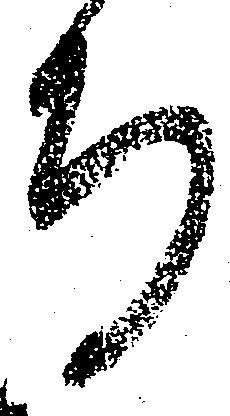
寺